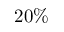
2 0 \%